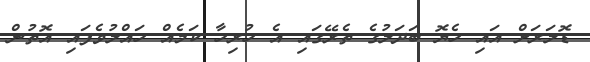
ޑޮލަރަށް އައި ހެޔޮ ބަދަލުގެ ތެރޭގައި އެ ހުރިހާ ކަމެއް ހައްލުވެފައި އޮތުން